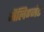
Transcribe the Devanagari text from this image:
मैलिग्नंट